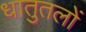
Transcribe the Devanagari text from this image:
धातुतलों